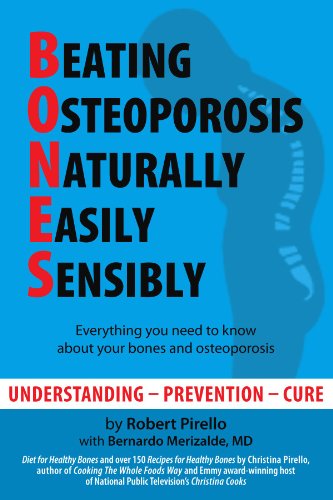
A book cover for B.O.N.E.S.: Beating Osteoporosis Naturally, Easily, Sensibly; Robert Pirello; Health, Fitness & Dieting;